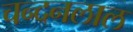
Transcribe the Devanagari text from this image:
चन्दनलाल